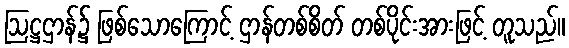
ဩဋ္ဌဌာန်၌ ဖြစ်သောကြောင့် ဌာန်တစ်စိတ် တစ်ပိုင်းအားဖြင့် တူသည်။